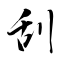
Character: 刮